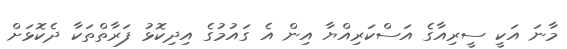
މާނަ އަކީ ސީރިއާގެ އަސްކަރިއްޔާ އިން އެ ގައުމުގެ އިދިކޮޅު ފަރާތްތަކާ ދެކޮޅަށް